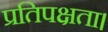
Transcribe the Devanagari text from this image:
प्रतिपक्षता।